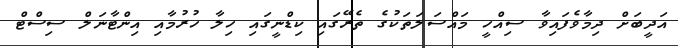
އަދީބަށް ދިމާވެފައިވާ ސިއްހީ މައްސަލަތަކުގެ ތެރޭގައި ކިޑްނީގައި ހިލާ ހުރުމާއި އިންޓާނަލް ސިސްޓް